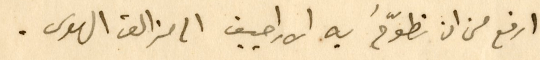
ارفع من ان تطوّحَ به الاراجيف الى مزالق الهوى.